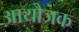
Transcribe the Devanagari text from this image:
आयौजक